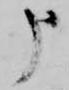
申